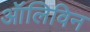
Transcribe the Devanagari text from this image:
ऑलिविन